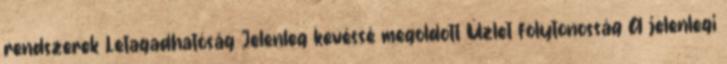
rendszerek Letagadhatóság Jelenleg kevéssé megoldott Üzlet folytonosság A jelenlegi